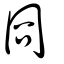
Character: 冏